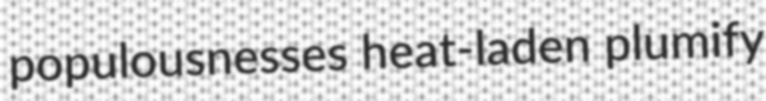
populousnesses heat-laden plumify